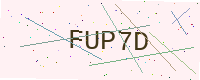
Text: FUP7D